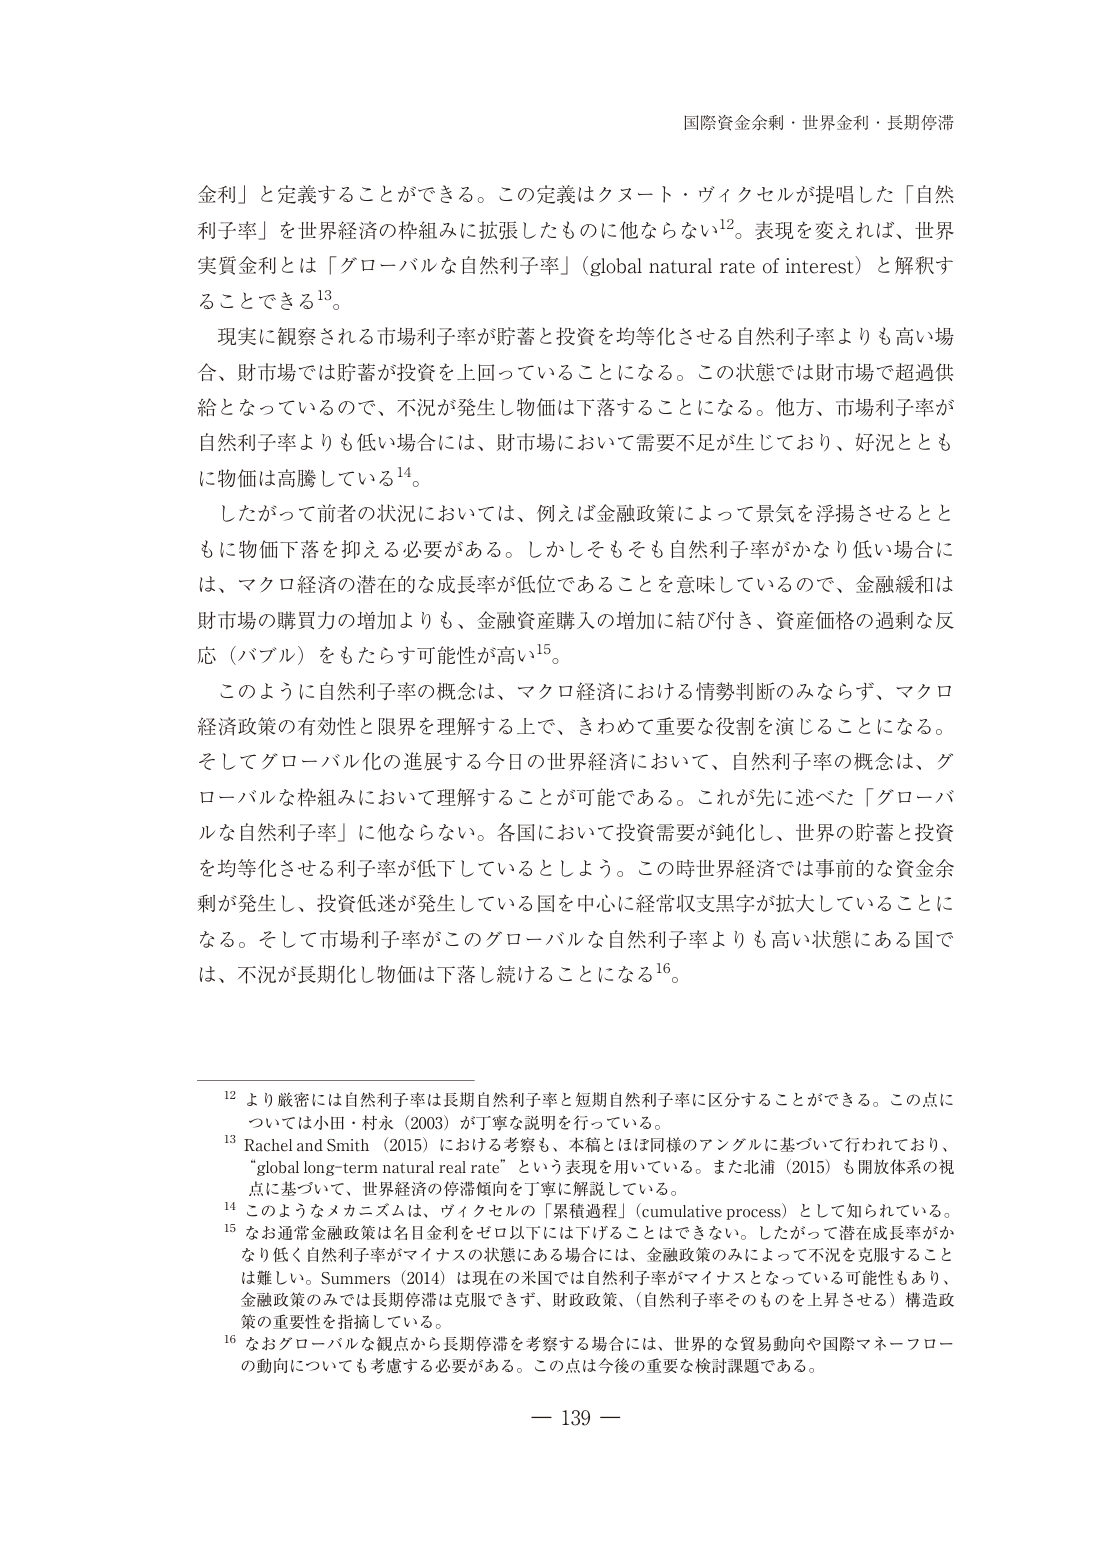
国際資金余剰・世界金利・長期停滞

金利」と定義することができる。この定義はクヌート・ヴィクセルが提唱した「自然
利子率」を世界経済の枠組みに拡張したものに他ならない12。表現を変えれば、世界
実質金利とは「グローバルな自然利子率」（global natural rate of interest）と解釈す
ることできる13。

現実に観察される市場利子率が貯蓄と投資を均等化させる自然利子率よりも高い場
合、財市場では貯蓄が投資を上回っていることになる。この状態では財市場で超過供
給となっているので、不況が発生し物価は下落することになる。他方、市場利子率が
自然利子率よりも低い場合には、財市場において需要不足が生じており、好況ととも
に物価は高騰している14。

したがって前者の状況においては、例えば金融政策によって景気を浮揚させるとと
もに物価下落を抑える必要がある。しかしそもそも自然利子率がかなり低い場合に
は、マクロ経済の潜在的な成長率が低位であることを意味しているので、金融緩和は
財市場の購買力の増加よりも、金融資産購入の増加に結び付き、資産価格の過剰な反
応（バブル）をもたらす可能性が高い15。

このように自然利子率の概念は、マクロ経済における情勢判断のみならず、マクロ
経済政策の有効性と限界を理解する上で、きわめて重要な役割を演じることになる。
そしてグローバル化の進展する今日の世界経済において、自然利子率の概念は、グ
ローバルな枠組みにおいて理解することが可能である。これが先に述べた「グローバ
ルな自然利子率」に他ならない。各国において投資需要が鈍化し、世界の貯蓄と投資
を均等化させる利子率が低下しているとしよう。この時世界経済では事前の資金余
剰が発生し、投資低迷が発生している国を中心に経常収支黒字が拡大していることに
なる。そして市場利子率がこのグローバルな自然利子率よりも高い状態にある国で
は、不況が長期化し物価は下落し続けることになる16。

12 より厳密には自然利子率は長期自然利子率と短期自然利子率に区分することができる。この点に
ついては小田・村永（2003）が丁寧な説明を行っている。
13 Rachel and Smith （2015）における考察も、本稿とは同様のアングルに基づいて行われており、
“global long-term natural real rate” という表現を用いている。また北浦（2015）も開放体系の視
点に基づいて、世界経済の停滞傾向を丁寧に解説している。
14 このようなメカニズムは、ヴィクセルの「累積過程」（cumulative process）として知られている。
15 なお通常金融政策は名目金利をゼロ以下には下げることはできない。したがって潜在成長率がか
なり低く自然利子率がマイナスの状態にある場合には、金融政策のみによって不況を克服すること
は難しい。Summers（2014）は現在の米国では自然利子率がマイナスとなっている可能性もあり、
金融政策のみでは長期停滞は克服できず、財政政策、（自然利子率そのものを上昇させる）構造政
策の重要性を指摘している。
16 なおグローバルな観点から長期停滞を考察する場合には、世界的な貿易動向や国際マネーフロー
の動向についても考慮する必要がある。この点は今後の重要な検討課題である。

— 139 —